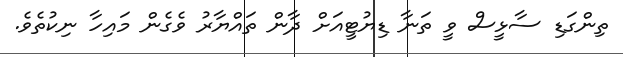
ތިންގަޑި ސާޅީސް ވީ ތަނާ ޑިޔުޓީއަށް ދާން ތައްޔާރު ވެގެން މައިހާ ނިކުތެވެ.